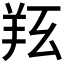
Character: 𦍝